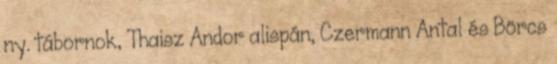
ny. tábornok, Thaisz Andor alispán, Czermann Antal és Börcs